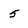
Character: 5